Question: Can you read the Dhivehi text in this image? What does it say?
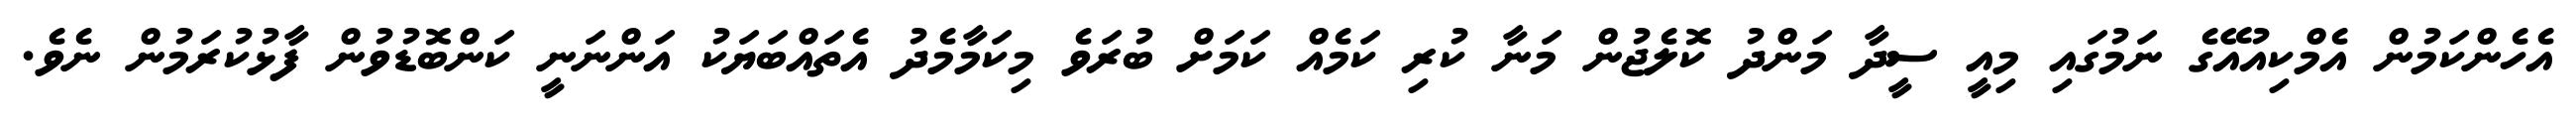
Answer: އެހެންކަމުން އެމްކިއުއޭގެ ނަމުގައި މިއީ ސީދާ މަންދު ކޮލެޖުން މަނާ ކުރި ކަމެއް ކަމަށް ބުރަވެ މިކަމާމެދު އެތައްބަޔަކު އަންނަނީ ކަންބޮޑުވުން ފާޅުކުރަމުން ނެވެ.